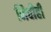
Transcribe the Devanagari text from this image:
निधीही